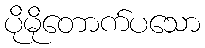
ပိုမိုတောက်ပသော